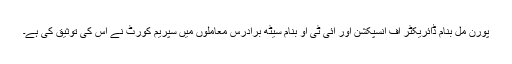
پورن مل بنام ڈائریکٹر آف انسپکشن اور آئی ٹی او بنام سیٹھ برادرس معاملوں میں سپریم کورٹ نے اس کی توثیق کی ہے۔